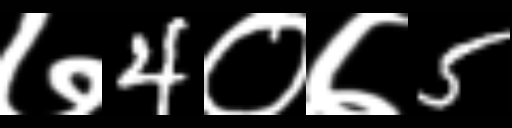
Text: ७4०७5